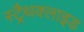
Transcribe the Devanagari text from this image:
स्ट्रैथक्लाइड